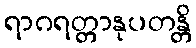
ရာဂရတ္တာနုပတန္တိ